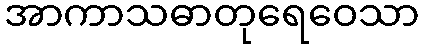
အာကာသဓာတုရေဝေသာ